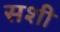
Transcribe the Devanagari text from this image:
सशी